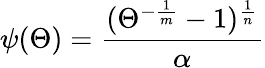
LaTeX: \psi(\Theta)=\frac{(\Theta^{-\frac{1}{m}}-1)^{\frac{1}{n}}}{\alpha}